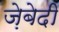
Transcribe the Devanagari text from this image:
ज़ेबेदी